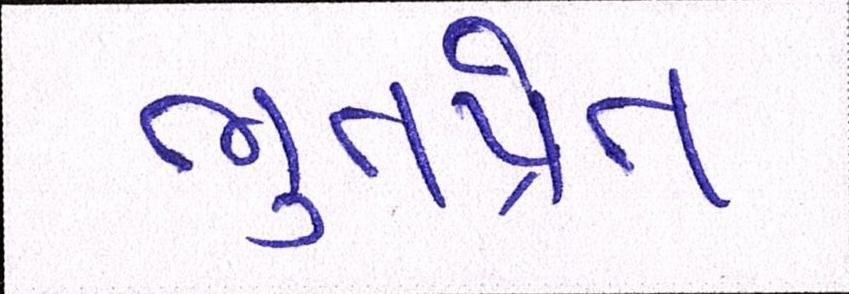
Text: ભુતપ્રેત